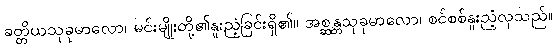
ခတ္တိယသုခုမာလော၊ မင်းမျိုးတို့၏နူးညံ့ခြင်းရှိ၏။ အစ္ဆန္တသုခုမာလော၊ စင်စစ်နူးညံ့လှသည်။